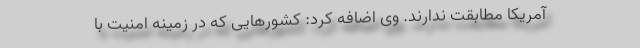
آمریکا مطابقت ندارند. وی اضافه کرد: کشورهایی که در زمینه امنیت با